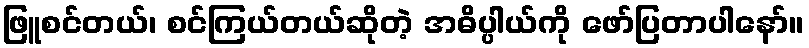
ဖြူစင်တယ်၊ စင်ကြယ်တယ်ဆိုတဲ့ အဓိပ္ပါယ်ကို ဖော်ပြတာပါနော်။